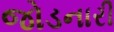
જોડનારી